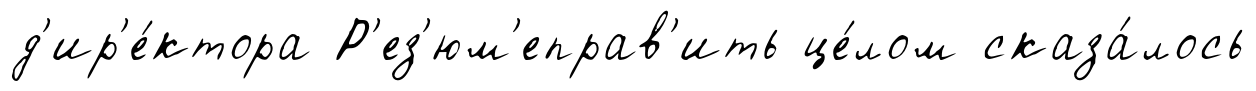
д'ир'е́ктора Р'ез'юм'еправ'ить це́лом сказа́лось